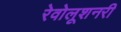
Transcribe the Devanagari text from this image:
रेवोलूशनरी